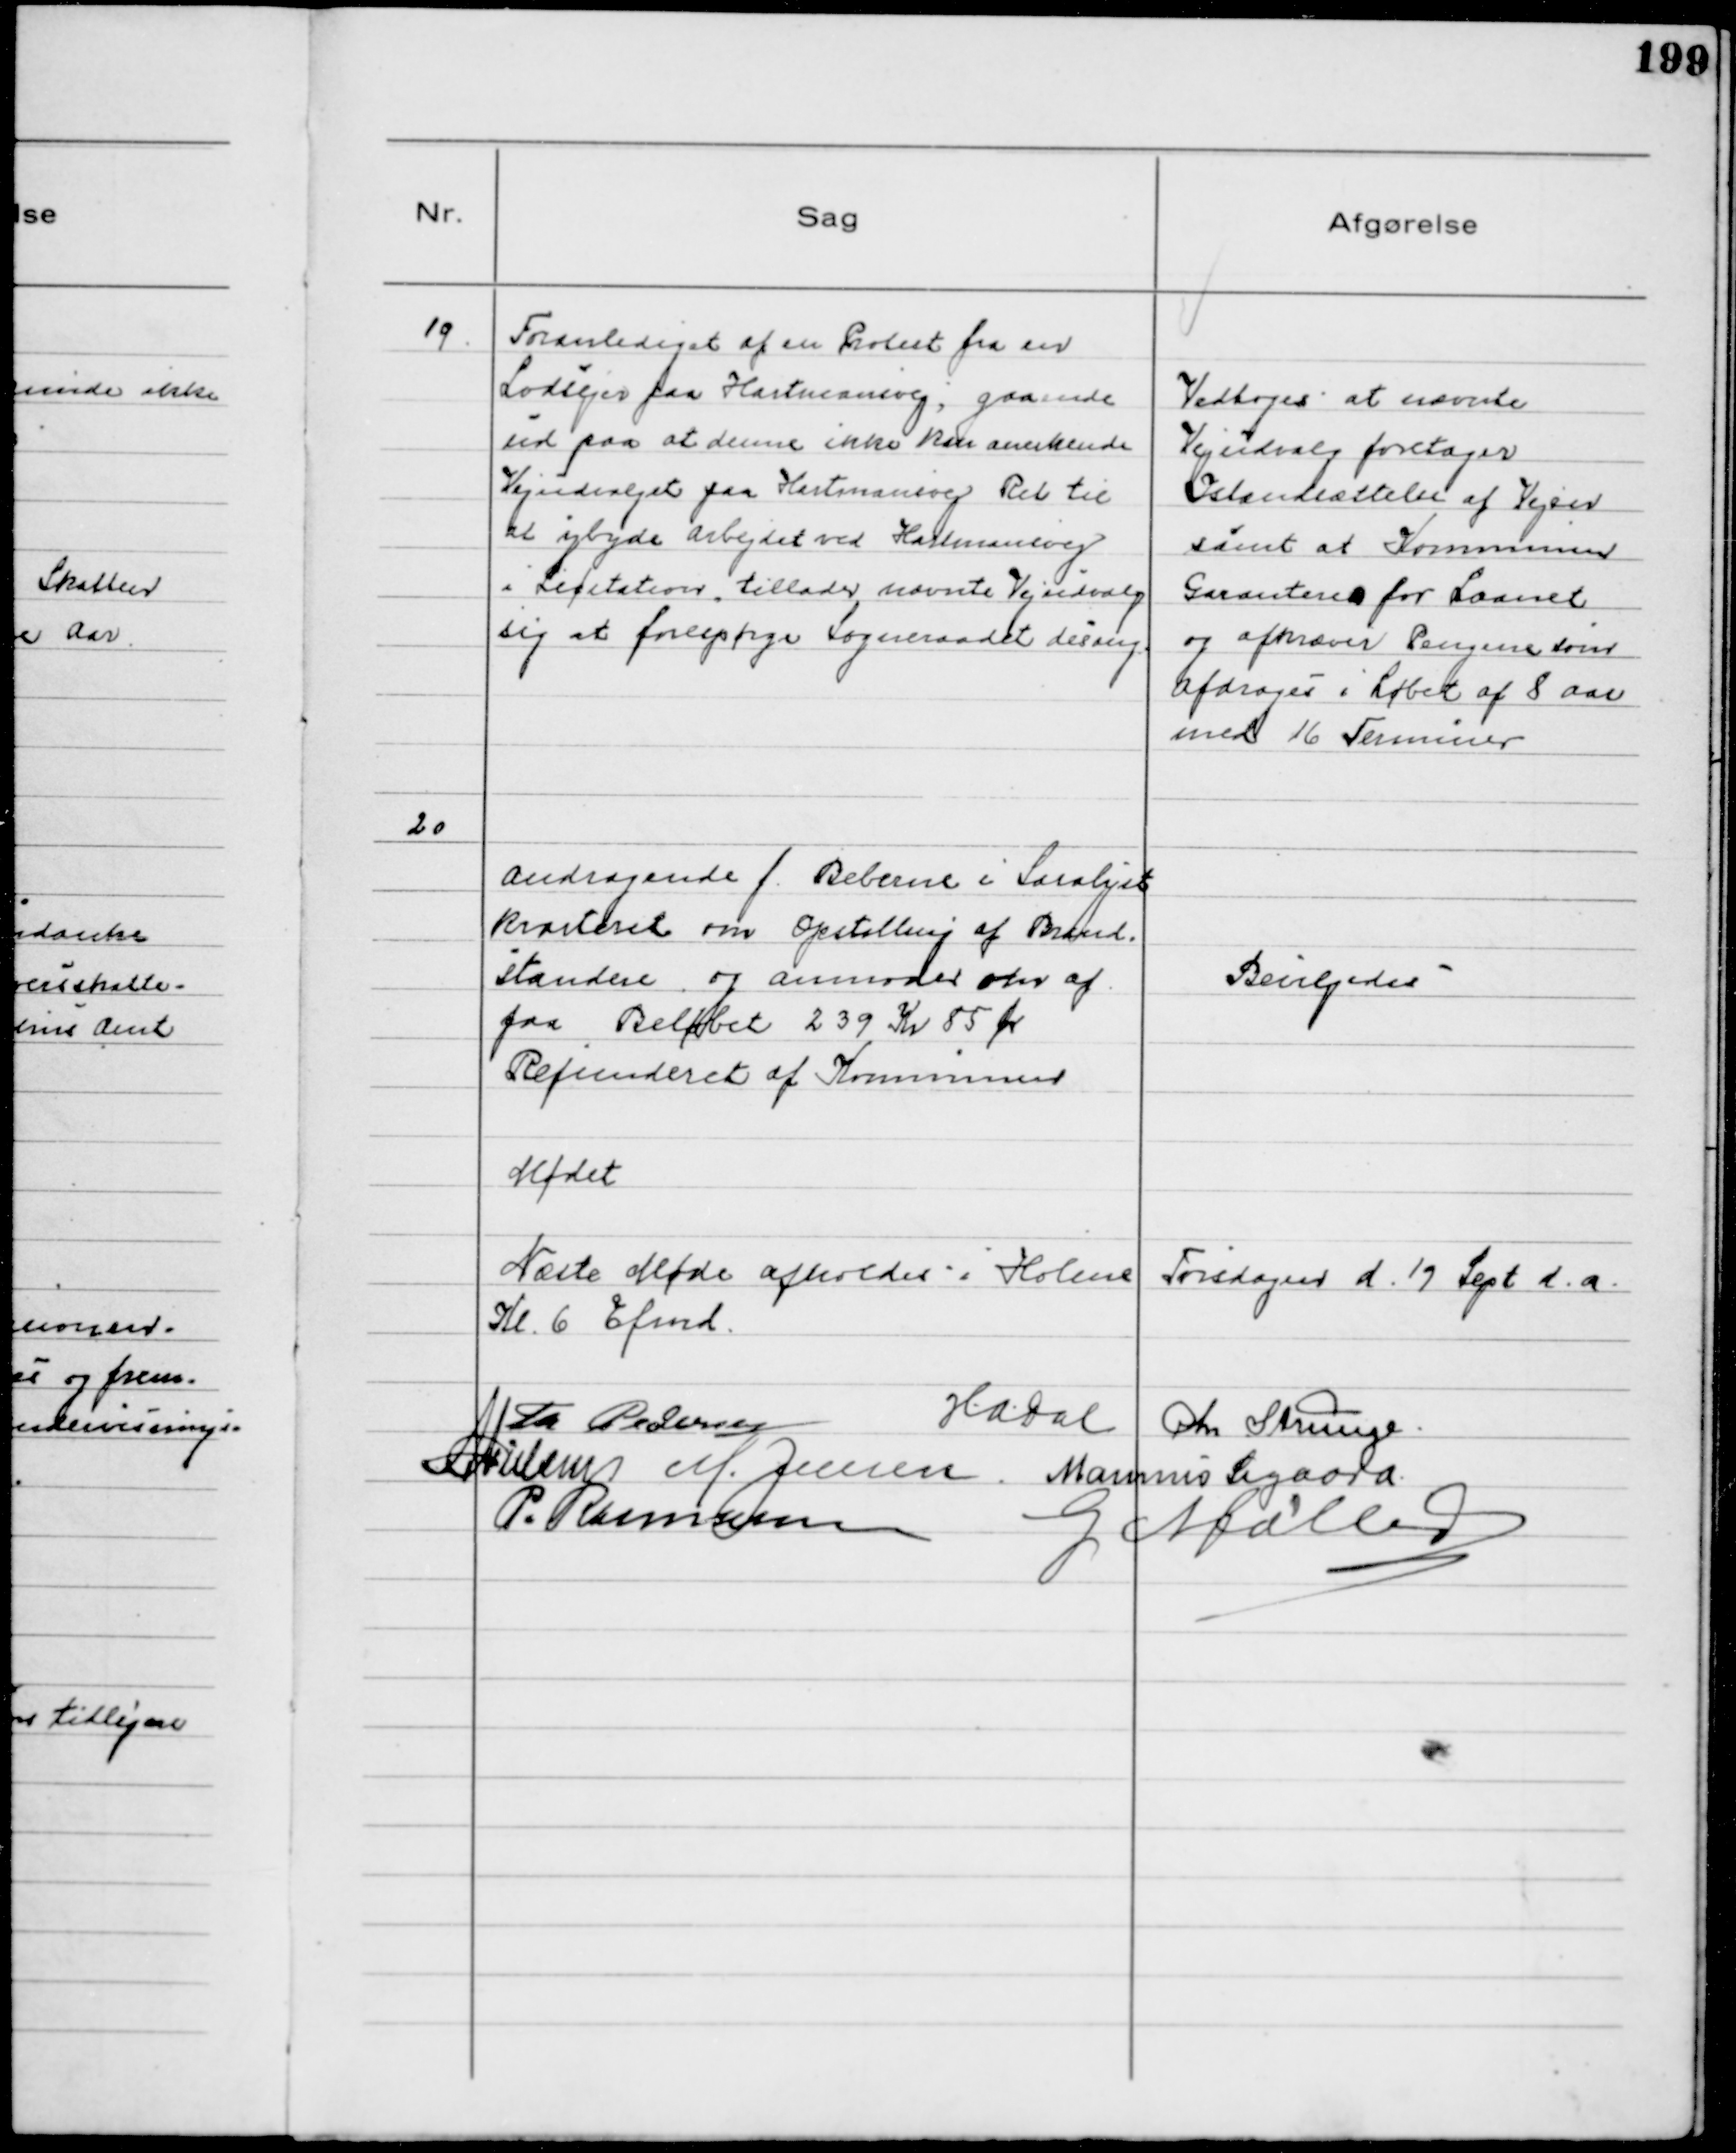
Transskription:
19.
Foranlediget af en Protest fra en
Lodsejer paa Hartmansvej, gaaende
ud paa at denne ikke kan anerkende
Vejudvalget paa Hartmansvej Ret til
at ybyde Arbejdet ved Hartmansvej
i Licitation, tillader nævnte Vejudvalg
sig at forespørge Sogneraadet desang

Vedtoges at nævnte
Vejudvalg foretager
Istandsættelse af Vejen
samt at Kommunen
Garanterer for Laanet
og afkræver Pengene som
afdrages i Løbet af 8 Aar
med 16 Terminer

20
Andragende f. Beborne i Saralyst
kvarteret om Opstilling af Brand-
standere og anmoder om af
faa Beløbet 239 Kr 85 Øre
Refunderet af Kommunen

Bevilgedes

Mødet
Næste Møde afholdes i Holme Tirsdagen d. 19 Sept d. a.
Kl. 6 Efmd.
Th Pedersen
H.A. Dal Chr Strunge
N Nielsen M. Jensen Marinus Sigaard
P. Rasmussen
G Møller